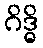
ဂိဒ္ဓိ